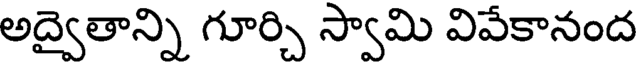
అద్వైతాన్ని గూర్చి స్వామి వివేకానంద